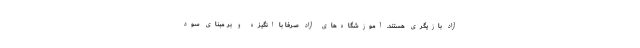
آزاد بازیگری هستند. آموزشگاه‌های آزاد صرفا با انگیزه و بر مبنای سود